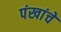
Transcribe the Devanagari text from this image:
पंखांचे